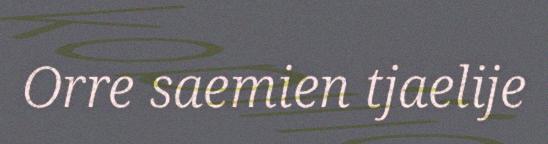
Orre saemien tjaelije